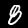
Digit: 8